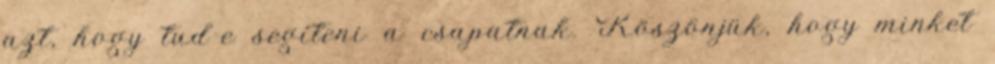
azt, hogy tud-e segíteni a csapatnak. Köszönjük, hogy minket